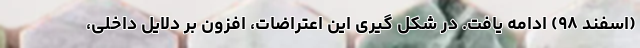
(اسفند ۹۸) ادامه یافت. در شکل گیری این اعتراضات، افزون بر دلایل داخلی،